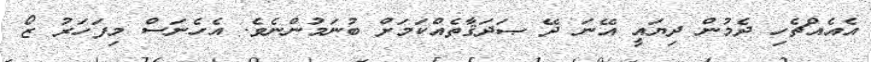
އެއެއްޗެހި ދެމުން ދިޔައީ އޭނަ ދޭ ޞަދަޤާތެއްކަމަށް ބުނަމުންނެވެ. އެހެނަސް މިފަހަރު ޒޯ